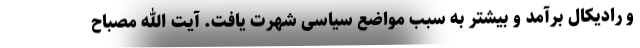
و رادیکال برآمد و بیشتر به سبب مواضع سیاسی شهرت یافت. آیت الله مصباح